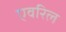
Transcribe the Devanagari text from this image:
एवरिल